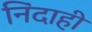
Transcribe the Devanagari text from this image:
निंदाही